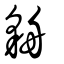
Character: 貈